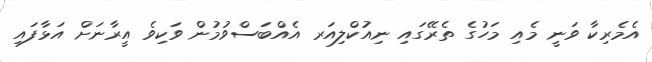
އެމެރިކާ ވަނީ މެއި މަހުގެ ތެރޭގައި ނިއުކްލިއަރ އެއްބަސްވުމުން ވަކިވެ އީރާނަށް އަޅާފައި